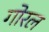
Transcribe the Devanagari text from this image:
गोरल